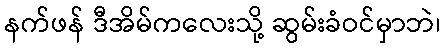
နက်ဖန် ဒီအိမ်ကလေးသို့ ဆွမ်းခံဝင်မှာဘဲ၊